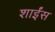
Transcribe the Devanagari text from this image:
शाईंस